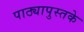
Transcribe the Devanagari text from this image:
पाठ्यापुस्तके